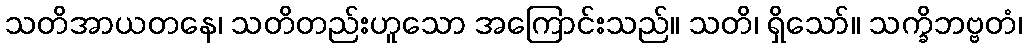
သတိအာယတနေ၊ သတိတည်းဟူသော အကြောင်းသည်။ သတိ၊ ရှိသော်။ သက္ခိဘဗ္ဗတံ၊